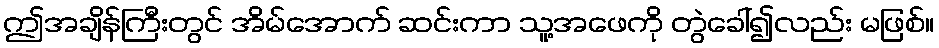
ဤအချိန်ကြီးတွင် အိမ်အောက် ဆင်းကာ သူ့အဖေကို တွဲခေါ်၍လည်း မဖြစ်။